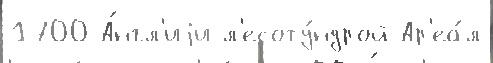
1700 А́нгл'иjи л'есоту́ндрой Ар'еа́л